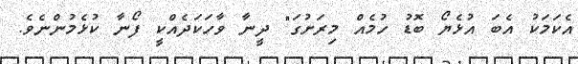
އެކަމަކު އެބަ އުޅެޔޯ ބޮޑު ހުމެއް މިރަށުގަ" ދީނާ ވާހަކަދެއްކީ ފޯނާ ކުޅެމުންނެވެ.